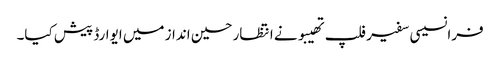
فرانسیسی سفیر فلپ تھیبو نے انتظار حسین انداز میں ایوارڈ پیش کیا۔